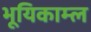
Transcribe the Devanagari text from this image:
भूयिकाम्ल